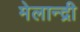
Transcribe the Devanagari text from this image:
मेलान्द्री